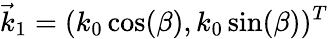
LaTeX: \vec{k}_{1}=(k_{0}\cos(\beta),k_{0}\sin(\beta))^{T}